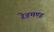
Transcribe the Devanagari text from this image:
रेडमण्ड